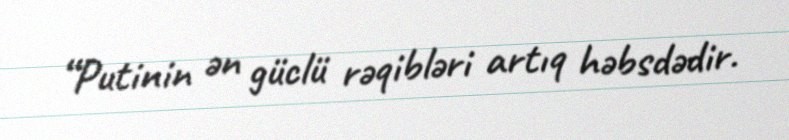
“Putinin ən güclü rəqibləri artıq həbsdədir.